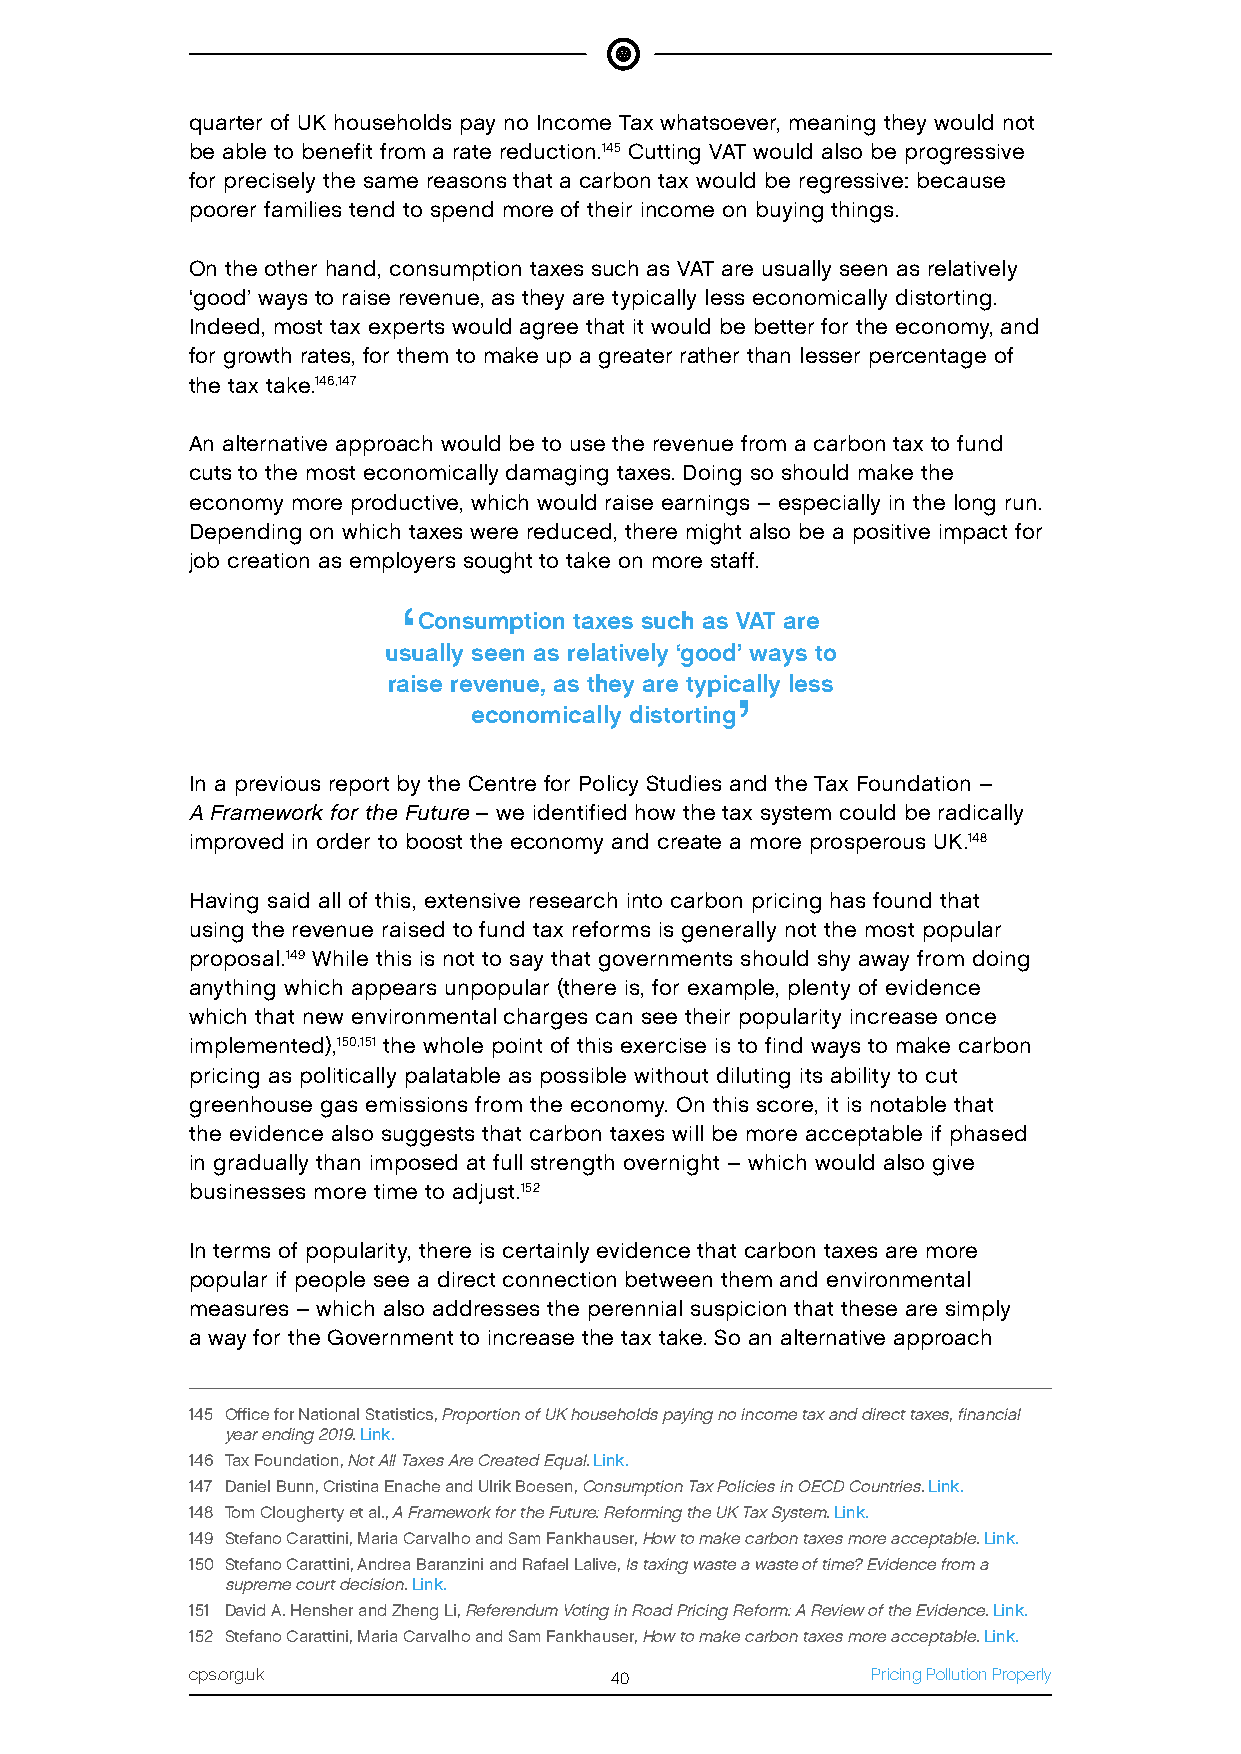
quarter of UK households pay no Income Tax whatsoever, meaning they would not
 be able to benefit from a rate reduction.145 Cutting VAT would also be progressive
 for precisely the same reasons that a carbon tax would be regressive: because
 poorer families tend to spend more of their income on buying things.
 On the other hand, consumption taxes such as VAT are usually seen as relatively
 ‘good’ ways to raise revenue, as they are typically less economically distorting.
 Indeed, most tax experts would agree that it would be better for the economy, and
 for growth rates, for them to make up a greater rather than lesser percentage of
 the tax take.146,147
 An alternative approach would be to use the revenue from a carbon tax to fund
 cuts to the most economically damaging taxes. Doing so should make the
 economy more productive, which would raise earnings – especially in the long run.
 Depending on which taxes were reduced, there might also be a positive impact for
 job creation as employers sought to take on more staff.
 ‘
 Consumption taxes such as VAT are
 usually seen as relatively ‘good’ ways to
 raise revenue, as they are typically less
 ’
 economically distorting
 In a previous report by the Centre for Policy Studies and the Tax Foundation –
 A Framework for the Future – we identified how the tax system could be radically
 improved in order to boost the economy and create a more prosperous UK.148
 Having said all of this, extensive research into carbon pricing has found that
 using the revenue raised to fund tax reforms is generally not the most popular
 proposal.149 While this is not to say that governments should shy away from doing
 anything which appears unpopular (there is, for example, plenty of evidence
 which that new environmental charges can see their popularity increase once
 implemented),150,151 the whole point of this exercise is to find ways to make carbon
 pricing as politically palatable as possible without diluting its ability to cut
 greenhouse gas emissions from the economy. On this score, it is notable that
 the evidence also suggests that carbon taxes will be more acceptable if phased
 in gradually than imposed at full strength overnight – which would also give
 businesses more time to adjust.152
 In terms of popularity, there is certainly evidence that carbon taxes are more
 popular if people see a direct connection between them and environmental
 measures – which also addresses the perennial suspicion that these are simply
 a way for the Government to increase the tax take. So an alternative approach
 145 Office for National Statistics, Proportion of UK households paying no income tax and direct taxes, financial
 year ending 2019. Link.
 146 Tax Foundation, Not All Taxes Are Created Equal. Link.
 147 Daniel Bunn, Cristina Enache and Ulrik Boesen, Consumption Tax Policies in OECD Countries. Link.
 148 Tom Clougherty et al., A Framework for the Future: Reforming the UK Tax System. Link.
 149 Stefano Carattini, Maria Carvalho and Sam Fankhauser, How to make carbon taxes more acceptable. Link.
 150 Stefano Carattini, Andrea Baranzini and Rafael Lalive, Is taxing waste a waste of time? Evidence from a
 supreme court decision. Link.
 151 David A. Hensher and Zheng Li, Referendum Voting in Road Pricing Reform: A Review of the Evidence. Link.
 152 Stefano Carattini, Maria Carvalho and Sam Fankhauser, How to make carbon taxes more acceptable. Link.
 cps.org.uk                 40                Pricing Pollution Properly